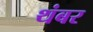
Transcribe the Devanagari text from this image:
थंबर